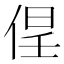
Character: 𱎵